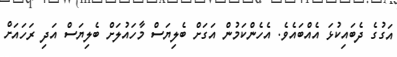
އަގުގެ ދެބައިކުޅަ އެއްބައެވެ. އެހެންކަމުން އަގަށް ބެލިޔަސް މާހައުލަށް ބެލިޔަސް އަދި ރަހައަށް